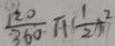
\frac { 1 2 0 } { 3 6 0 } \pi ( \frac { 1 } { 2 } ) ^ { 2 }